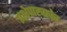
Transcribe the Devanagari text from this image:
प्रक्षेपास्त्राचेच